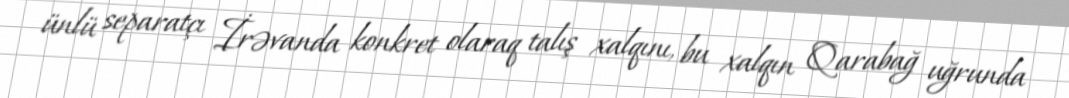
ünlü separatçı İrəvanda konkret olaraq talış xalqını, bu xalqın Qarabağ uğrunda